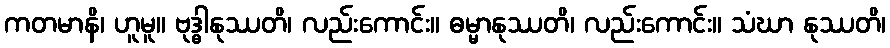
ကတမာနိ၊ ဟူမူ။ ဗုဒ္ဓါနုဿတိ၊ လည်းကောင်း။ ဓမ္မာနုဿတိ၊ လည်းကောင်း။ သံဃာ နုဿတိ၊